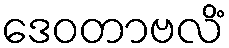
ဒေဝတာဗလိံ